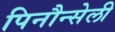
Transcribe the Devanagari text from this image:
पिनौन्सेली